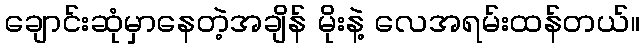
ချောင်းဆုံမှာနေတဲ့အချိန် မိုးနဲ့ လေအရမ်းထန်တယ်။